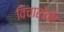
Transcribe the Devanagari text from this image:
विचारोनि